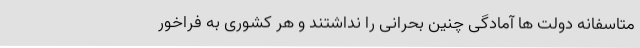
متاسفانه دولت ها آمادگی چنین بحرانی را نداشتند و هر کشوری به فراخور